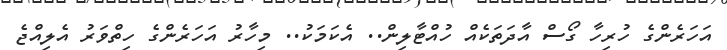
އަހަރެންގެ ހުރިހާ ގޯސް އާދަތަކެއް ހުއްޓާލިން.. އެކަމަކު.. މިހާރު އަހަރެންގެ ހިތްވަރު އެލިއްޖެ